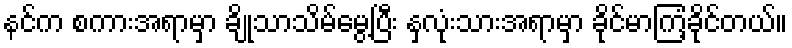
နင်က စကားအရာမှာ ချိုသာသိမ်မွေ့ပြီး နှလုံးသားအရာမှာ ခိုင်မာကြံ့ခိုင်တယ်။